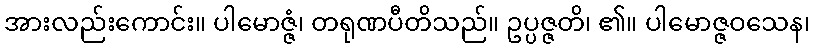
အားလည်းကောင်း။ ပါမောဇ္ဇံ၊ တရုဏပီတိသည်။ ဥပ္ပဇ္ဇတိ၊ ၏။ ပါမောဇ္ဇဝသေန၊